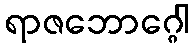
ရာဇဘောဂ္ဂေါ